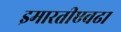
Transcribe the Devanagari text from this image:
इमारतीएवढा